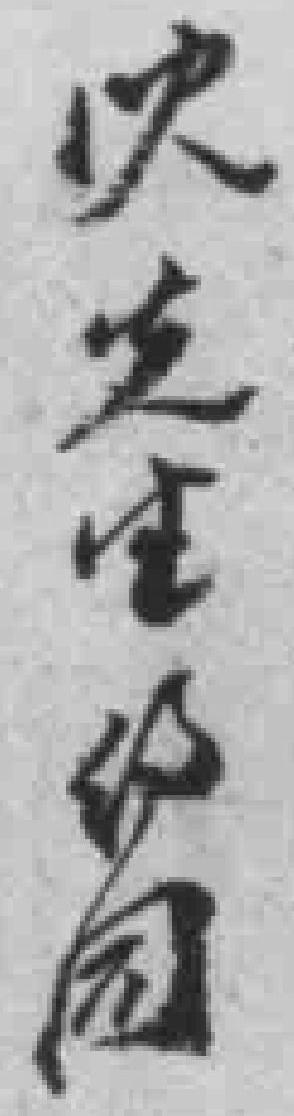
*先生*同